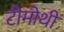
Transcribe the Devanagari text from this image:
टीमोथी